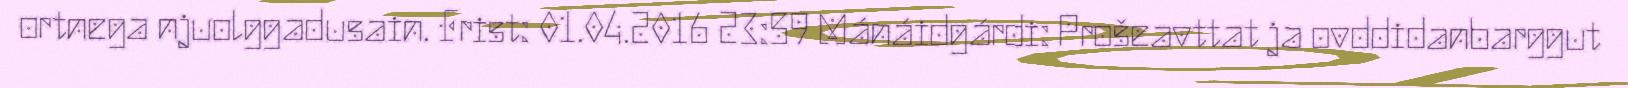
ortnega njuolggadusain. Frist: 01.04.2016 23:59 Mánáidgárdi: Prošeavttat ja ovddidanbarggut